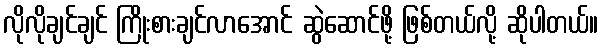
လိုလိုချင်ချင် ကြိုးစားချင်လာအောင် ဆွဲဆောင်ဖို့ ဖြစ်တယ်လို့ ဆိုပါတယ်။